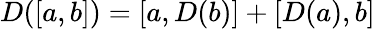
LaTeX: D([a,b])=[a,D(b)]+[D(a),b]